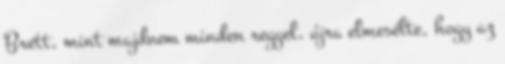
Brett, mint majdnem minden reggel, újra elmesélte, hogy az